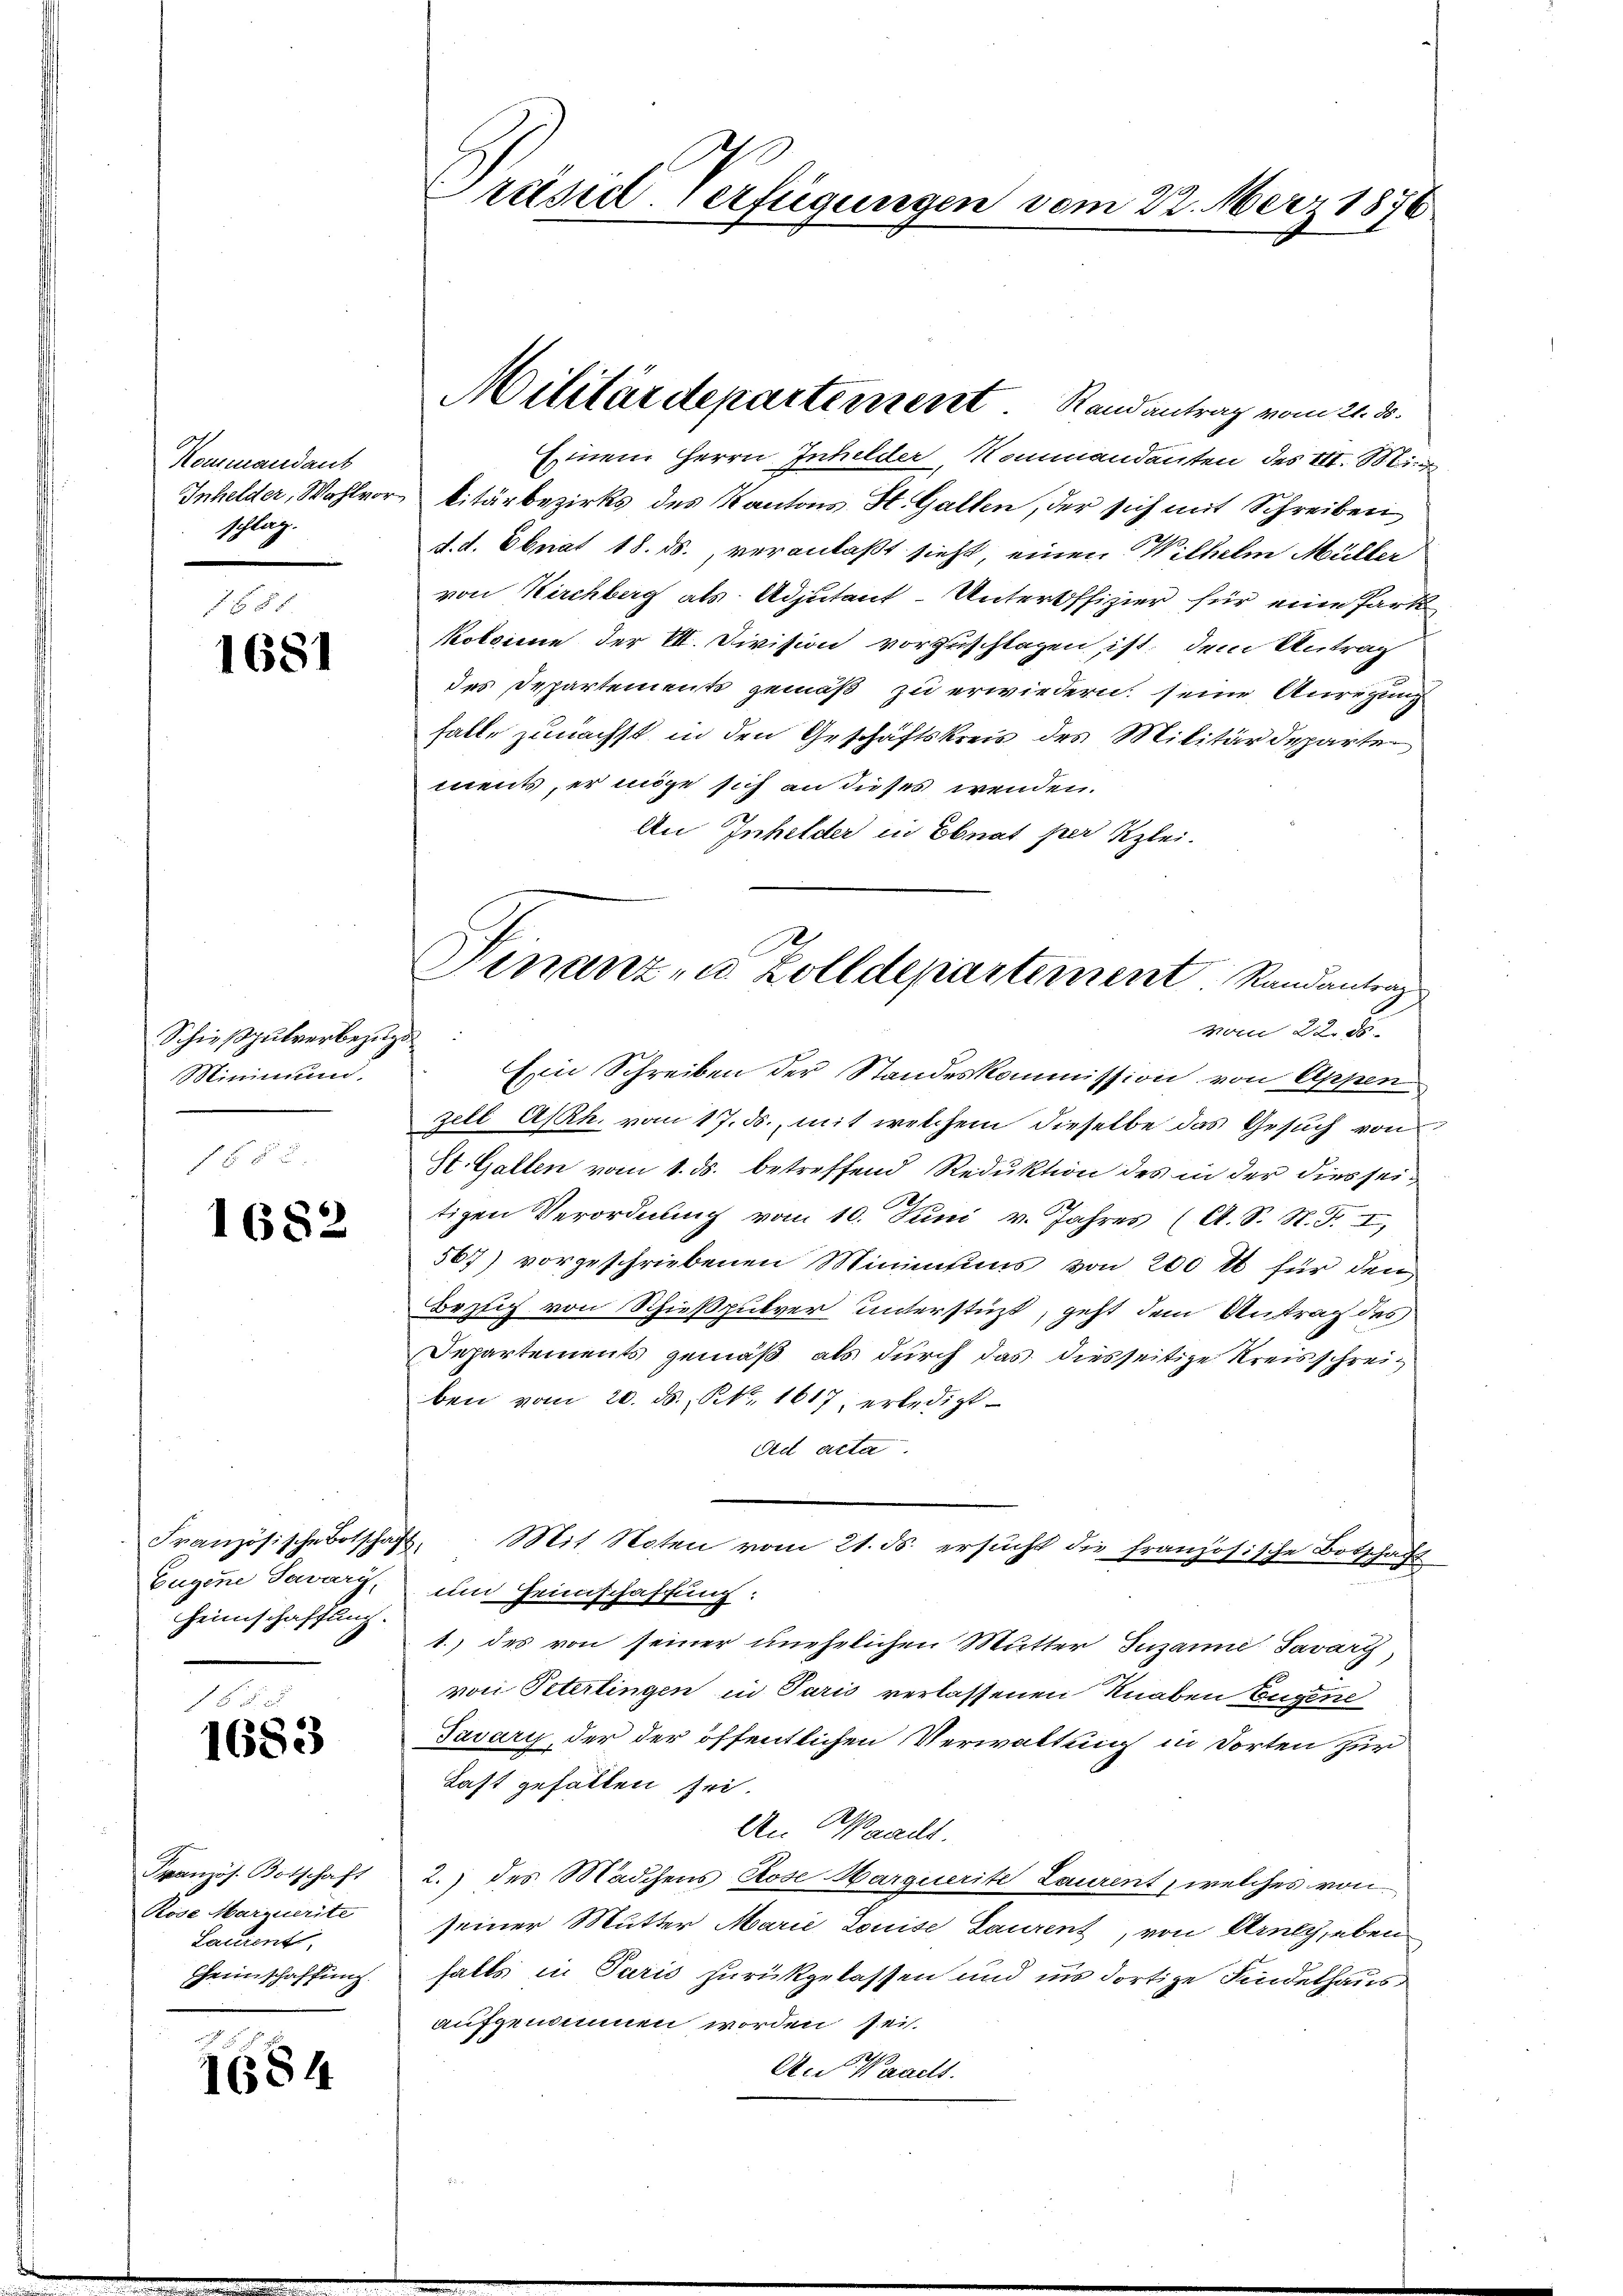
Kommandant
Inhelder, Wohlvorschlag.

1681

Schießpulverbezugs
Minimund.
n

1682

Französische Botschaf
Eugene Savary,
Heimschaffung.

1683

Französ. Botschaft
Rose Marzuerite
Lanient,
Heimschaffung.

1684

Präsid-Verfügungen vom 22. März 1870

Einem Herrn Inhilder, Kommandanten des III. Mi
litärbezirks des Kantons St. Gallen, der sich mit Schreiben
d. d. Ebnat 18. ds., veranlaßt sieht, einen Wilhelm Müller
von Kirchberg als Adjutant-Unteroffizier für eine Park
kolsine der VII. Division vorzuschlagen ist, dem Antrag
des Departements gemäß zu erwiedern, seine Anregung
falle zunächst in den Geschäftskreis des Militärdeparte
ments, er möge sich an dieses wenden.
An Inhelder in Ebnat per Klei¬
Ein Schreiben der Standeskommission von Appen
zell Ash. vom 17. ds., mit welchem dieselbe das Gesuch von
St. Gallen vom 1. ds. betreffend Reduktion des in der dies seitigen Verordnung vom 10. Juni v. Jahres (A. S. N. F. I,
567) vorgeschriebenen Minimums von 200 tt für den
Bezug von Schießpulver unterstüzt, geht dem Antrag des
Departements gemäß, als durch das diesseitige Kreisschreiben vom 20. ds., N. N. 1617 erledigt.
dee acta.
2. Mit Noten vom 21. ds. ersucht die französische Botschaft
em Heimschaffung:
1.) des von seiner unehelichen Mutter Jusanne Savary,
von Petertingen in Paris verlassenen Knaben Eugene
Javary, der der öffentlichen Verwaltung in dorten zur
Last gefällen sei.
An Waadt
2.) des Mädchens Rose Marquerite Laurent, welches von
seiner Mutter Marie Louise Laurent, von Arneth, eben
falls in Paris zurükgelassen und in dortige Kindethaus
aufgenommen worden sei.
An Waadts.

Militärdepartement Randantrag vom 21. 35.

Finanz- u. Zolldepartement Randantrag
vom 22. ds.